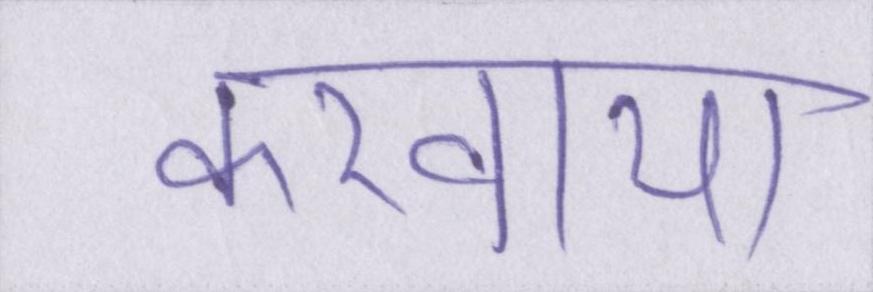
करवाया